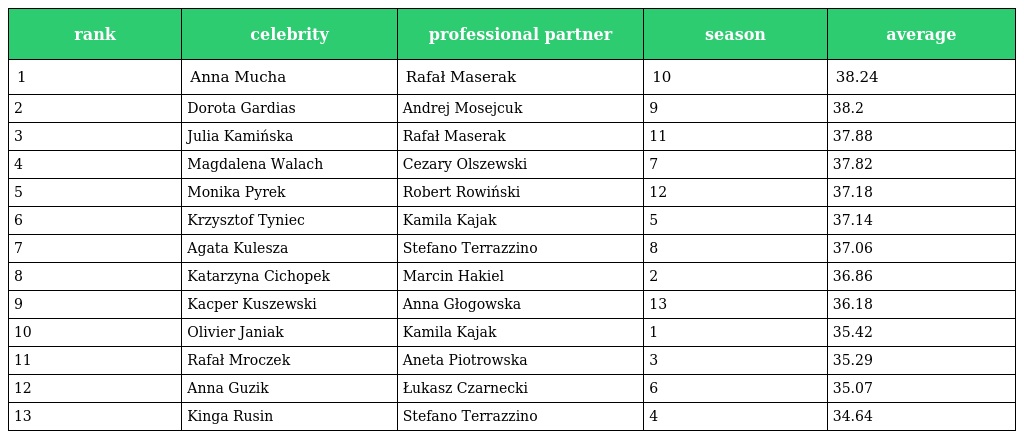
| rank | celebrity | professional partner | season | average |
 | --- | --- | --- | --- | --- |
 | 1 | Anna Mucha | Rafał Maserak | 10 | 38.24 |
 | 2 | Dorota Gardias | Andrej Mosejcuk | 9 | 38.2 |
 | 3 | Julia Kamińska | Rafał Maserak | 11 | 37.88 |
 | 4 | Magdalena Walach | Cezary Olszewski | 7 | 37.82 |
 | 5 | Monika Pyrek | Robert Rowiński | 12 | 37.18 |
 | 6 | Krzysztof Tyniec | Kamila Kajak | 5 | 37.14 |
 | 7 | Agata Kulesza | Stefano Terrazzino | 8 | 37.06 |
 | 8 | Katarzyna Cichopek | Marcin Hakiel | 2 | 36.86 |
 | 9 | Kacper Kuszewski | Anna Głogowska | 13 | 36.18 |
 | 10 | Olivier Janiak | Kamila Kajak | 1 | 35.42 |
 | 11 | Rafał Mroczek | Aneta Piotrowska | 3 | 35.29 |
 | 12 | Anna Guzik | Łukasz Czarnecki | 6 | 35.07 |
 | 13 | Kinga Rusin | Stefano Terrazzino | 4 | 34.64 |